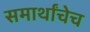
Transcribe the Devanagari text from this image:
समार्थांचेच